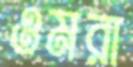
ওমরা